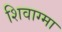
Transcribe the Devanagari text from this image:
शिवाग्मा